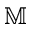
\mathbb { M }